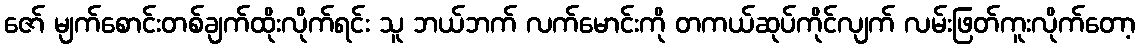
ဇော် မျက်စောင်းတစ်ချက်ထိုးလိုက်ရင်း သူ ဘယ်ဘက် လက်မောင်းကို တကယ်ဆုပ်ကိုင်လျက် လမ်းဖြတ်ကူးလိုက်တော့